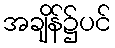
အချိန်၌ပင်